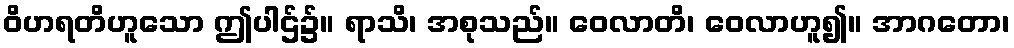
ဝိဟရတိဟူသော ဤပါဌ်၌။ ရာသိ၊ အစုသည်။ ဝေလာတိ၊ ဝေလာဟူ၍။ အာဂတော၊